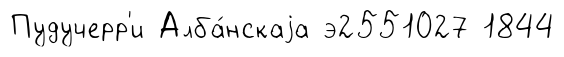
Пудучерр'и Алба́нскаjа э2551027 1844